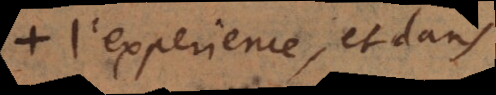
l’experience et dans